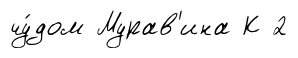
чу́дом Мурав'ина К 2